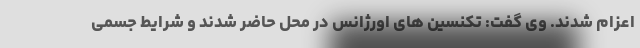
اعزام شدند. وی گفت: تکنسین های اورژانس در محل حاضر شدند و شرایط جسمی